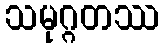
သမုဂ္ဂတဿ